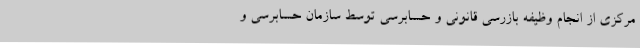
مرکزی از انجام وظیفه بازرسی قانونی و حسابرسی توسط سازمان حسابرسی و